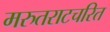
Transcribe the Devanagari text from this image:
मरुतराटचरित